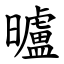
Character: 曥